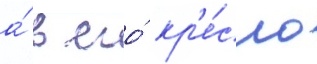
а́ в его́ кр'е́сло